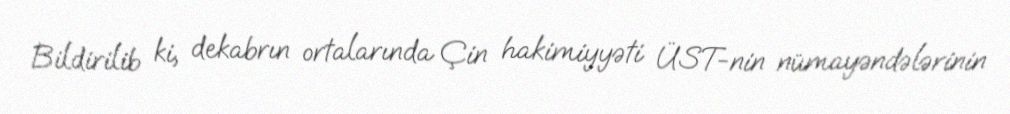
Bildirilib ki, dekabrın ortalarında Çin hakimiyyəti ÜST-nin nümayəndələrinin